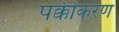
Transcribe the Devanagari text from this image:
पक्कीकरण